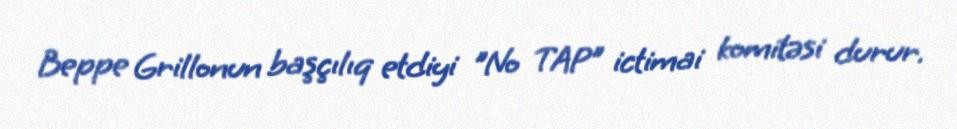
Beppe Grillonun başçılıq etdiyi "No TAP" ictimai komitəsi durur.